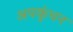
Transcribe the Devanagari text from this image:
अपकुंचन